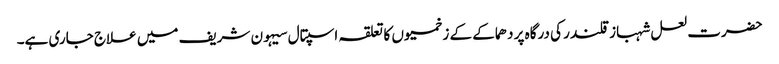
حضرت لعل شہباز قلندر کی درگاہ پر دھماکے کے زخمیوں کا تعلقہ اسپتال سیہون شریف میں علاج جاری ہے۔